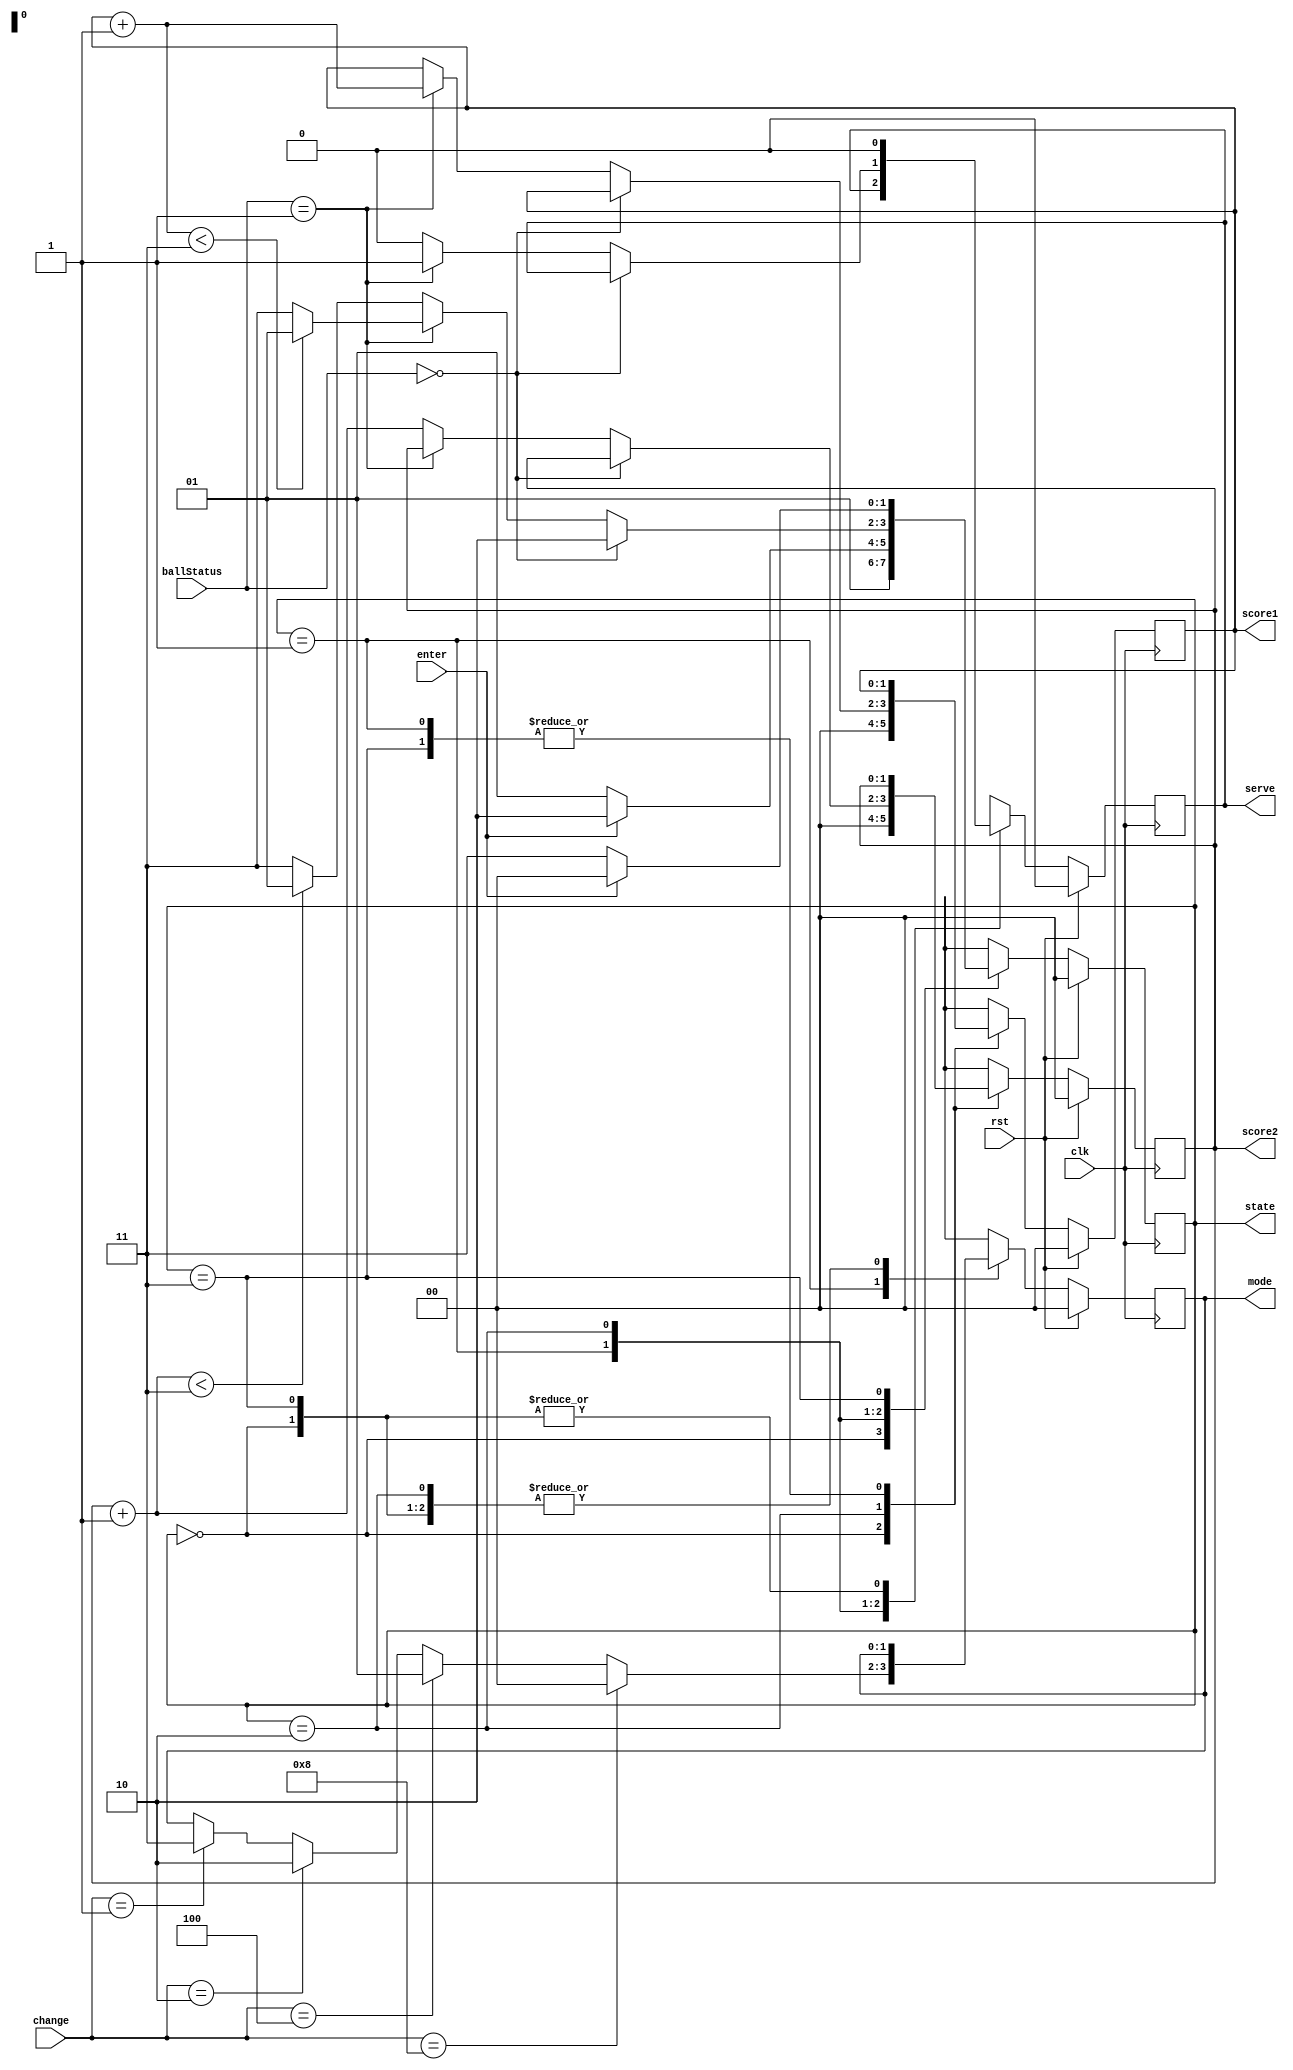
`define START 2'b00
`define SERVE 2'b01
`define PLAY 2'b10
`define DONE 2'b11

`define PLAYING 2'b00
`define PLAYER1WIN 2'b01
`define PLAYER2WIN 2'b10

`define PP 2'b00
`define PA 2'b01
`define AP 2'b10
`define AA 2'b11

module Game(clk, rst, ballStatus, change, enter, state, score1, score2, serve, mode);

input clk, rst;
input [1:0] ballStatus;
input [3:0] change;
input enter;
output reg [1:0] state;
output reg [1:0] score1, score2;
output reg serve;
output reg [1:0] mode;

// score: 0-3

// -- the state of our game; can be any of the following:
// -- 1. 'start' (the beginning of the game, before first serve)
// -- 2. 'serve' (waiting on a key press to serve the ball)
// -- 3. 'play' (the ball is in play, bouncing between paddles)
// -- 4. 'done' (the game is over, with a victor, ready for restart)


// state
// serve: Ball spawn in original point and cannot move
// play: Update score
// done: Print Score and Player move to original point

reg [1:0] nextState;
reg [1:0] nextScore1, nextScore2;
reg nextServe;

reg [1:0] next_mode;

// serve
// 0: player1 serve
// 1: player 2 serce

always @(posedge clk) begin
    if(rst==1'b1) begin
        state <= `START;
        score1 <= 2'd0;
        score2 <= 2'd0;
        serve <= 1'b0;
        mode <= `PP;
    end
    else begin
        state <= nextState;
        score1 <= nextScore1;
        score2 <= nextScore2;
        serve <= nextServe;
        mode <= next_mode;
    end
end

always @(*) begin
    case(state) 
        `START: begin
            nextState = `SERVE;
            nextScore1 = 2'd0;
            nextScore2 = 2'd0;
            nextServe = 1'b0;
            next_mode = mode;
        end
        `SERVE: begin
            nextScore1 = score1;
            nextScore2 = score2;
            nextServe = serve;
            if(change==4'b1000) begin
                next_mode = `PP;
            end
            else if(change==4'b0100) begin
                next_mode = `PA;
            end
            else if(change==4'b0010) begin
                next_mode = `AP;
            end
            else if(change==4'b0001) begin
                next_mode = `AA;
            end
            else begin
                next_mode = mode;
            end

            if(enter==1'b1) begin
                nextState = `PLAY;
            end
            else begin
                nextState = `SERVE;
            end
        end
        `PLAY: begin
            nextScore1 = score1;
            nextScore2 = score2;
            nextServe = serve;
            next_mode = mode;
            if(ballStatus==`PLAYING) begin
                nextState = `PLAY;
            end
            else if(ballStatus==`PLAYER1WIN) begin
                nextScore1 = score1 + 1'b1;
                nextServe = 1'b1;
                if(nextScore1<2'd3) begin
                    nextState = `SERVE;
                end
                else begin
                    nextState = `DONE;
                end
            end
            else begin
                nextScore2 = score2 + 1'b1;
                nextServe = 1'b0;
                if(nextScore2<2'd3) begin
                    nextState = `SERVE;
                end
                else begin
                    nextState = `DONE;
                end
            end
        end
        `DONE: begin
            nextScore1 = score1;
            nextScore2 = score2;
            nextServe = 1'b0;
            next_mode = mode;
            if(enter==1'b1) begin
                nextState = `START;
            end
            else begin
                nextState = `DONE;
            end
        end
    endcase
end


endmodule